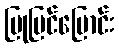
ပြုပြင်ပြောင်း